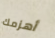
أهزمك